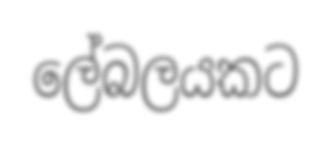
ලේබලයකට